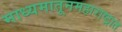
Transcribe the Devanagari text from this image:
माध्यमातूनमहाराष्ट्रात